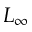
L _ { \infty }